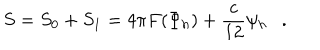
S = S _ { 0 } + S _ { 1 } = 4 \pi F ( \Phi _ { h } ) + { \frac { c } { 1 2 } } \psi _ { h } .